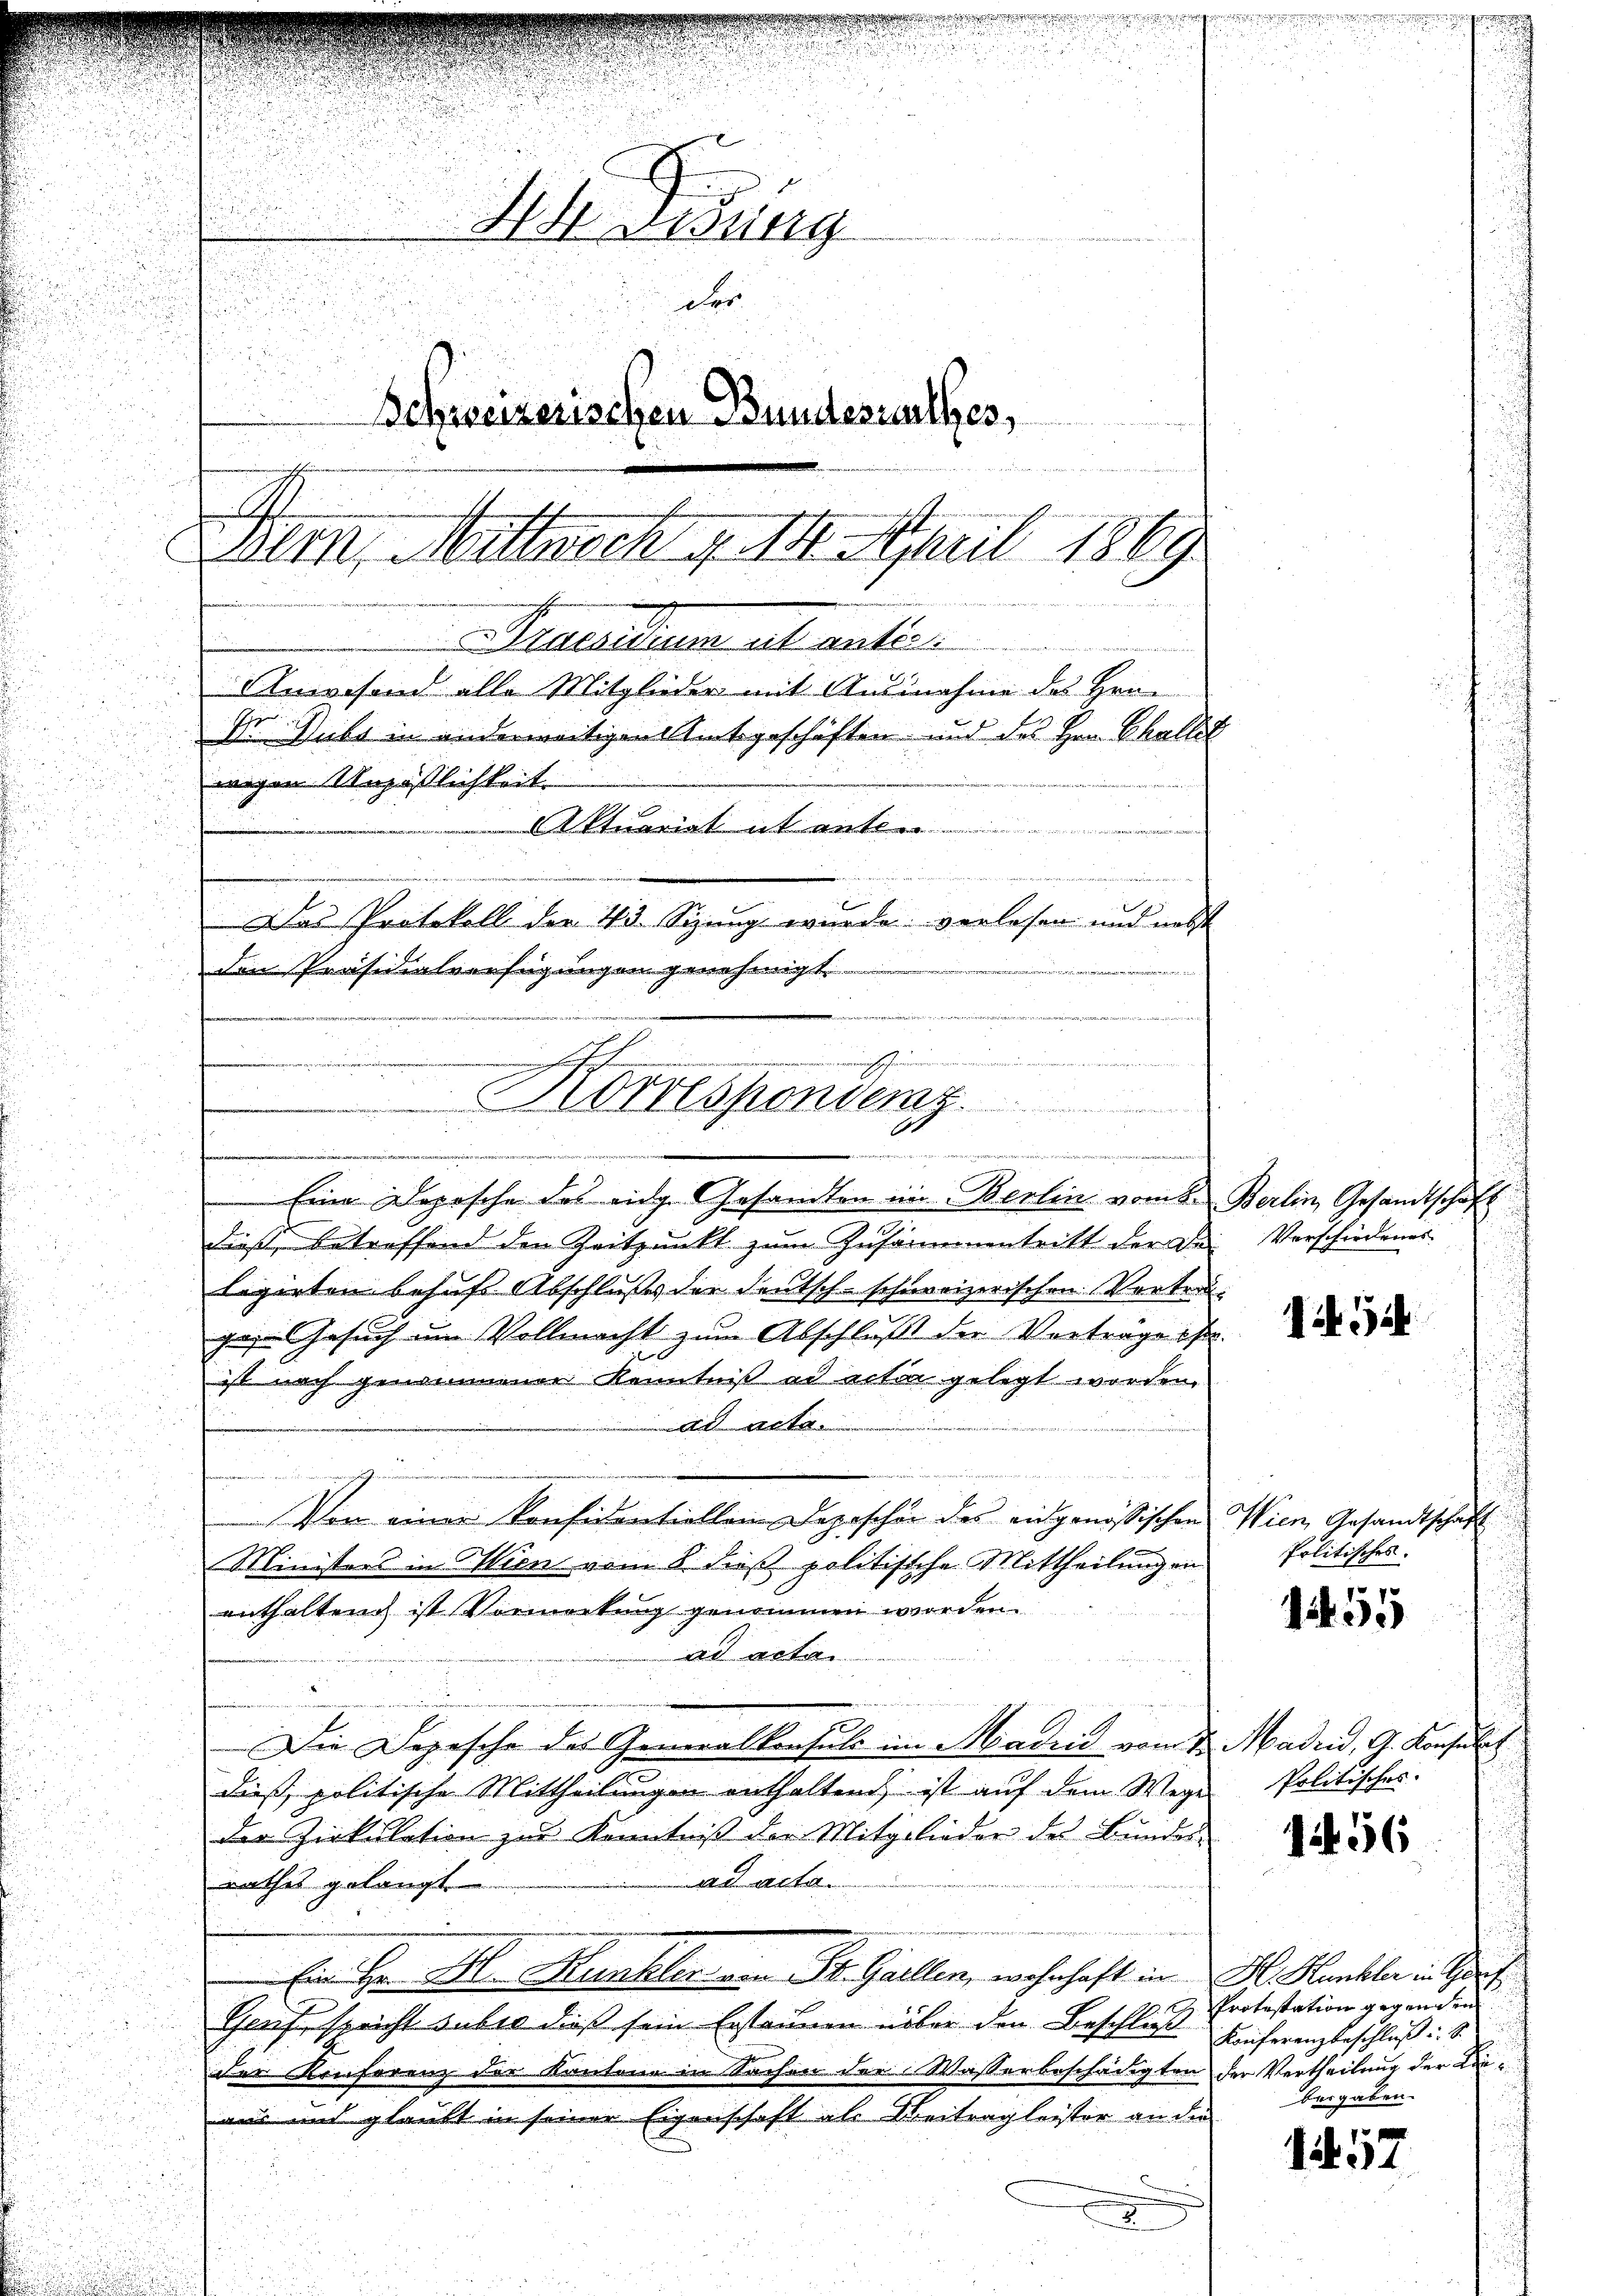
Hesung
der
Schweizerischen Bundesrathes,
Dem Mittwoch v. 14. April 1869

2
Praesidium et anter
n
.
Anwesend alle Mitglieder mit Ausnahme des Hrn.

Dr. Dubs in anderweitigen Amtsgeschäften und des Hrn. Challet
Aktuariat et an
dnersehe
Das Protokoll der 43 Sizung wurde verlesen und nebst
751
den Präsidialverfügungen genehmigt.

e
Korrespondenz.
u
e
e
Eine Depesche des eidg. Gesandten im Berlin vom 8.

dieß, betreffend den Zeitpunkt zum Zusammentritt der De
legirten behufs Abschlußes der Deutsch-schweizerischen Vertra
ges Gesuch im Vollmacht zum Abschluß der Vortragess
ist nach genommener Kenntniß ad acter gelegt worden.
t
der die verneinahe ge¬
Von einer Konfidentiellen Depeschen des angenössischen
Ministers in Wien vom 8. dieß politische Mittheilungen
enthalten ist Vormerkung genommen worden.
ad acta
Die Depesche des Generalkonsuls im Madrid vom 4.
dieß, politische Mittheilungen enthaltend, ist auf dem Wege
der Zirkulation zur Kenntniß der Mitglieder des Bundes-
ad acta.
rathes gelangt
Einige M. Kunkler, von St. Gallen, wohnhaft in
Greif spricht subro dieß sein bestammen über den Beschluß
der Konferenz der Kantone in Sachen der Wasserbeschädigten
aus und glaubt in seiner Eigenschaft als Beitrag leister an die
x

wegen Unpäßlichkeit.

e

Berlin, Gesandtschaft
Verschiedenes.

1454

Wien, Gesandtschaf
Politisches.

e
195

Madrid, G. Konsult
Politisches.

1456

H. Kunkler in Hof
Protestation gegenden
Konferenzbeschluß u. S.
der Vertheilung der Kinbergaben.

1457